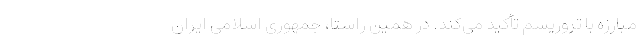
مبارزه با تروریسم تأکید می‌کند. در همین راستا، جمهوری اسلامی ایران